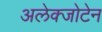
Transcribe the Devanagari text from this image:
अलेक्जोटेन